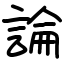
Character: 論